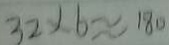
3 2 \times 6 \approx 1 8 0